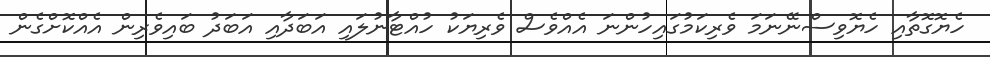
ހެޔޮގޮތާއި ހެޔޮވިސްނޭނަމަ ވެރިކަމުގައިހުންނަ އެއްވެސް ވެރިޔަކު ހުއްޓާނުލައި އަބަދާއި އަބަދު ބައިވެރިން އެއްކޮށްގެން